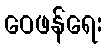
ဝေဖန်ရေး